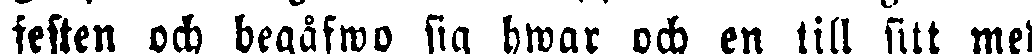
festen och begåfwo sig hwar och en lill sitt med